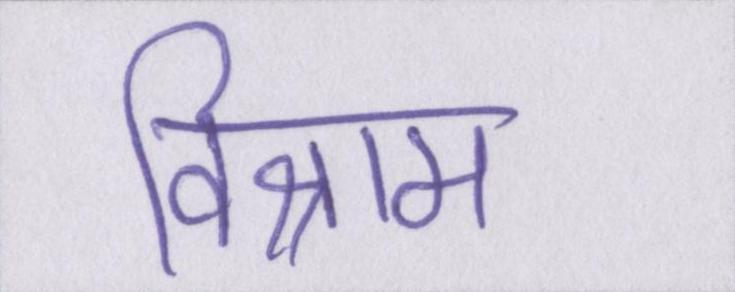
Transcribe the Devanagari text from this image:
विश्राम